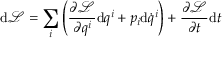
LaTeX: \mathrm { d } { \mathcal { L } } = \sum _ { i } \left( { \frac { \partial { \mathcal { L } } } { \partial q ^ { i } } } \mathrm { d } q ^ { i } + p _ { i } \mathrm { d } { \dot { q } } ^ { i } \right) + { \frac { \partial { \mathcal { L } } } { \partial t } } \mathrm { d } t